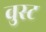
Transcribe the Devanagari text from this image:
वुस्ट